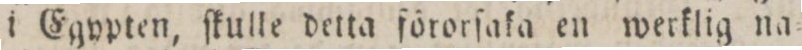
i Egypten, ſkulle detta förorſaka en werklig na=